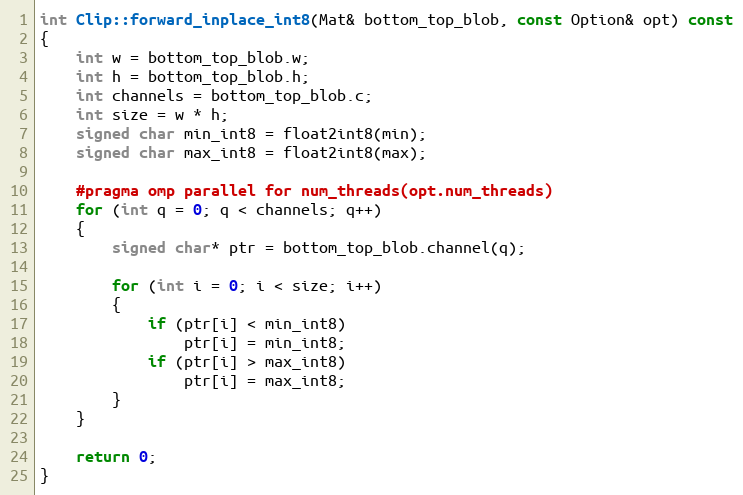
Language: C++
int Clip::forward_inplace_int8(Mat& bottom_top_blob, const Option& opt) const
{
    int w = bottom_top_blob.w;
    int h = bottom_top_blob.h;
    int channels = bottom_top_blob.c;
    int size = w * h;
    signed char min_int8 = float2int8(min);
    signed char max_int8 = float2int8(max);

    #pragma omp parallel for num_threads(opt.num_threads)
    for (int q = 0; q < channels; q++)
    {
        signed char* ptr = bottom_top_blob.channel(q);

        for (int i = 0; i < size; i++)
        {
            if (ptr[i] < min_int8)
                ptr[i] = min_int8;
            if (ptr[i] > max_int8)
                ptr[i] = max_int8;
        }
    }

    return 0;
}